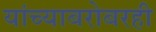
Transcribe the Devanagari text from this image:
यांच्याबरोबरही